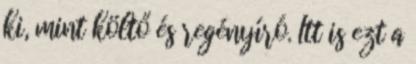
ki, mint költő és regényíró. Itt is ezt a